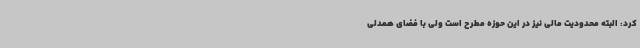
کرد: البته محدودیت مالی نیز در این حوزه مطرح است ولی با فضای همدلی